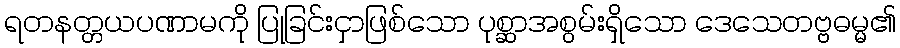
ရတနတ္တယပဏာမကို ပြုခြင်းငှာဖြစ်သော ပုစ္ဆာအစွမ်းရှိသော ဒေသေတဗ္ဗဓမ္မ၏